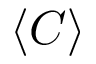
\langle C \rangle